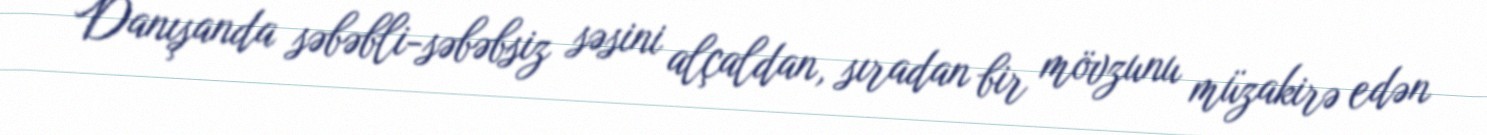
Danışanda səbəbli-səbəbsiz səsini alçaldan, sıradan bir mövzunu müzakirə edən